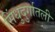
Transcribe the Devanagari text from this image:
सिंधुदुर्गातली